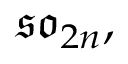
{ \mathfrak { s o } } _ { 2 n } ,